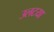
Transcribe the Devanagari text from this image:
उलटया